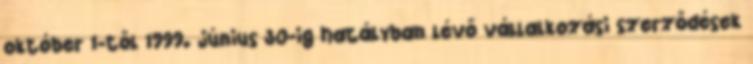
október 1-től 1999. június 30-ig hatályban lévő vállalkozási szerződések